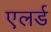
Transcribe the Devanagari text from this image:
एलर्ड